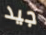
جيد